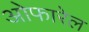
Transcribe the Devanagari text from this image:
ओफारेल